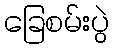
ခြေစမ်းပွဲ